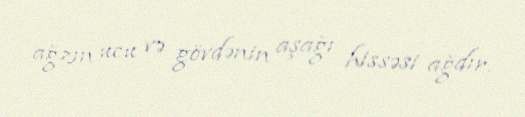
ağzın ucu və gövdənin aşağı hissəsi ağdır.